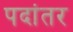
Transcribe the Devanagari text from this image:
पदांतर